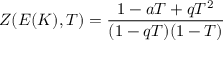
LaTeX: Z ( E ( K ) , T ) = { \frac { 1 - a T + q T ^ { 2 } } { ( 1 - q T ) ( 1 - T ) } }